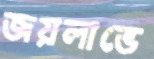
জয়লাভে